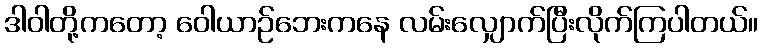
ဒါဝါတို့ကတော့ ဝေါယာဉ်ဘေးကနေ လမ်းလျှောက်ပြီးလိုက်ကြပါတယ်။